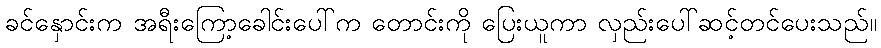
ခင်နှောင်းက အရီးကြော့ခေါင်းပေါ်က တောင်းကို ပြေးယူကာ လှည်းပေါ်ဆင့်တင်ပေးသည်။